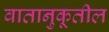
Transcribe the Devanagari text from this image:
वातानुकूतील